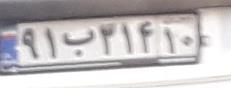
۹۱ب۳۱۴۱۰